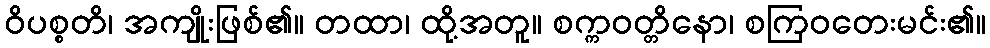
ဝိပစ္စတိ၊ အကျိုးဖြစ်၏။ တထာ၊ ထို့အတူ။ စက္ကဝတ္တိနော၊ စကြဝတေးမင်း၏။